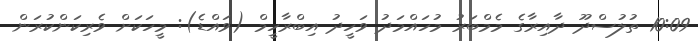
10:09 ތުލުސްދޫ ދާއިރާގެ މެމްބަރު މުހައްމަދު ވަހީދު އިބްރާހީމް (ވައްޑެ): މީހަކަށް ވެރިކަންކުރަން